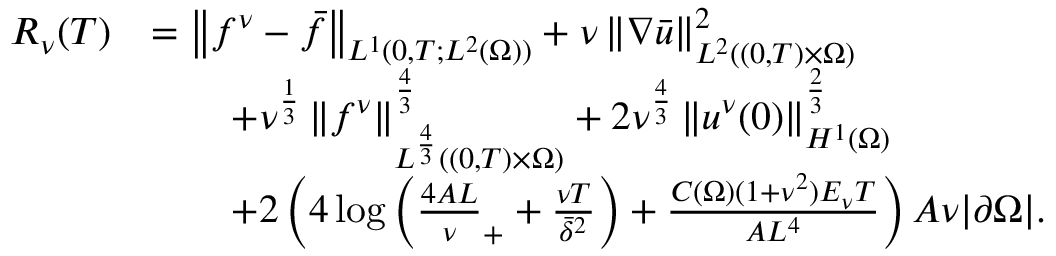
\begin{array} { r l } { R _ { \nu } ( T ) } & { = \left\lVert f ^ { \nu } - \bar { f } \right\rVert _ { L ^ { 1 } ( 0 , T ; L ^ { 2 } ( \Omega ) ) } + \nu \left\lVert \nabla \bar { u } \right\rVert _ { L ^ { 2 } ( ( 0 , T ) \times \Omega ) } ^ { 2 } } \\ & { \qquad + \nu ^ { \frac 1 3 } \left\lVert f ^ { \nu } \right\rVert _ { L ^ { \frac 4 3 } ( ( 0 , T ) \times \Omega ) } ^ { \frac 4 3 } + 2 \nu ^ { \frac 4 3 } \left\lVert u ^ { \nu } ( 0 ) \right\rVert _ { H ^ { 1 } ( \Omega ) } ^ { \frac 2 3 } } \\ & { \qquad + 2 \left( 4 \log \left( \frac { 4 A L } \nu _ { + } + \frac { \nu T } { \bar { \delta } ^ { 2 } } \right) + \frac { C ( \Omega ) ( 1 + \nu ^ { 2 } ) E _ { \nu } T } { A L ^ { 4 } } \right) A \nu | \partial \Omega | . } \end{array}